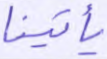
يأتينا